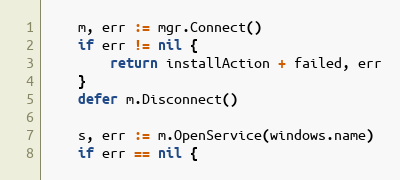
Language: Go
	m, err := mgr.Connect()
	if err != nil {
		return installAction + failed, err
	}
	defer m.Disconnect()

	s, err := m.OpenService(windows.name)
	if err == nil {